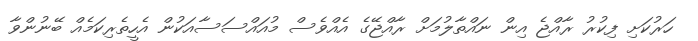
ހަރުކަށި ފިކުރު ރާއްޖެ އިން ނައްތާލުމަށް ރާއްޖޭގެ އެއްވެސް މުއައްސަސާއަކުން އެހީތެރިކަމެއް ބޭނުންވާ